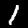
Digit: 1